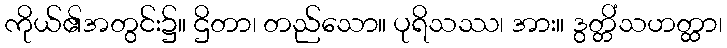
ကိုယ်၏အတွင်း၌။ ဌိတာ၊ တည်သော။ ပုရိသဿ၊ အား။ ဒွတ္တိံသဟတ္ထာ၊